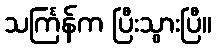
သင်္ကြန်က ပြီးသွားပြီ။